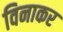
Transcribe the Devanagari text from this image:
विनाकर